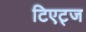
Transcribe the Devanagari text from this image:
टिएट्ज